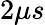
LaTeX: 2\mu s